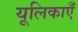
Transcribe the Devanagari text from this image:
यूलिकाएँ